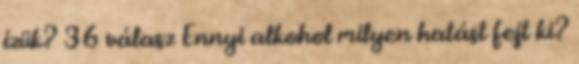
ízük? 36 válasz Ennyi alkohol milyen hatást fejt ki?